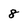
Character: 8